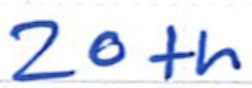
Text: 20th
Cross-out: clean
Writing tool: ballpoint